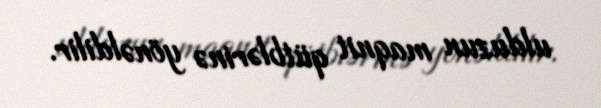
ulduzun maqnit qütblərinə yönəldilir.